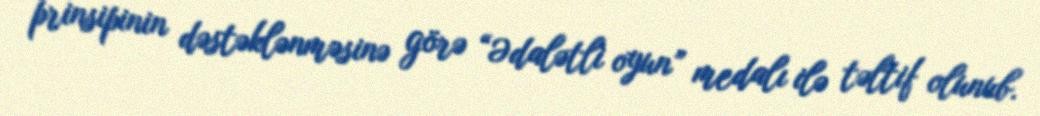
prinsipinin dəstəklənməsinə görə “Ədalətli oyun” medalı ilə təltif olunub.